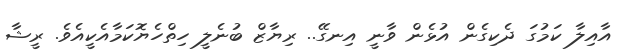
އާއިލާ ކަމުގަ ދެކިގެން އުޅެން ވާނީ އިނގޭ.. ރިޔާޒް ބުނެލީ ހިތްހެޔޮކަމާއެކީއެވެ. ރީޝާ